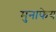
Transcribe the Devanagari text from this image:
मुनाफेय